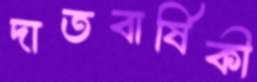
দাতবার্ষিকী